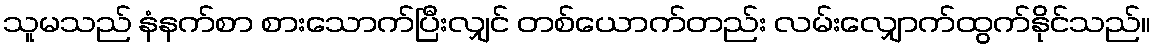
သူမသည် နံနက်စာ စားသောက်ပြီးလျှင် တစ်ယောက်တည်း လမ်းလျှောက်ထွက်နိုင်သည်။